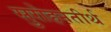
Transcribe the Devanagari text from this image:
सुरोहनतीर्थ